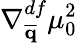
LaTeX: \nabla_{\overline{{\mathbf{q}}}}^{df}\mu_{0}^{2}